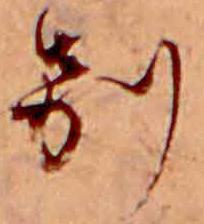
別